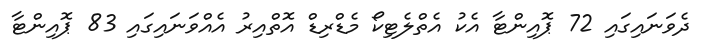
ދެވަނައިގައި 72 ޕޮއިންޓާ އެކު އެތްލެޓިކޯ މެޑްރިޑް އޮތްއިރު އެއްވަނައިގައި 83 ޕޮއިންޓާ